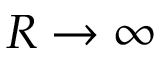
R \rightarrow \infty